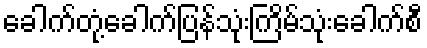
ခေါက်တုံ့ခေါက်ပြန်သုံးကြိမ်သုံးခေါက်စီ